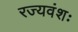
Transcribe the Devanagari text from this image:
रज्यवंशः